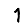
Digit: 1